Bombay plague: being a history of the progress of plague in the Bombay presidency from September 1896 to June 1899
Year: 1896
Disease focus: Plague
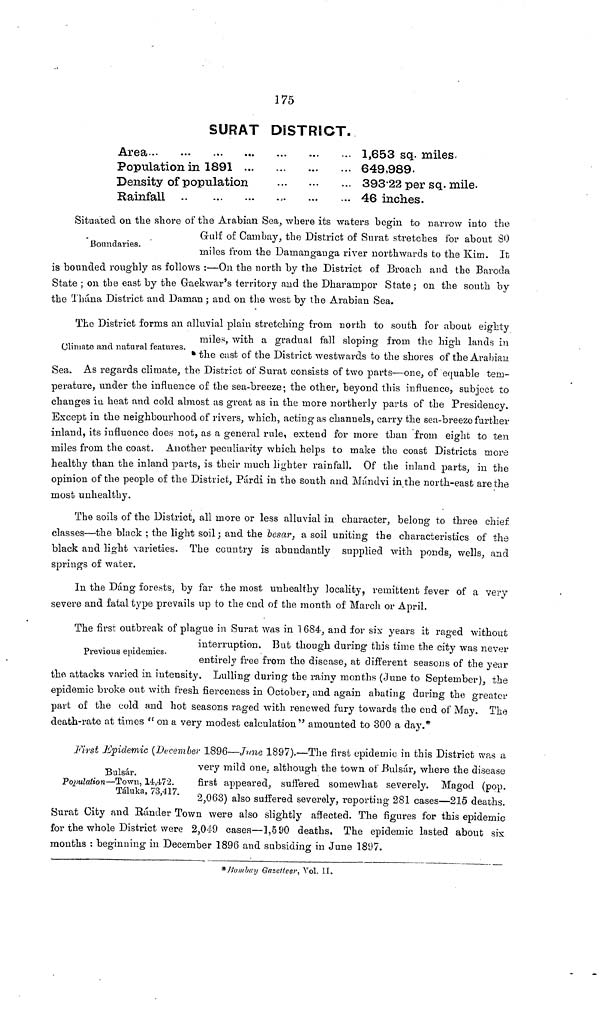
175
SURAT DISTRICT.
Area...
Population in 1891
Density of population
Rainfall ..
...
...
...
1,653 sq. miles
649,989.
393 . 22 per sq. mile.
46 inches.
Boundaries.
Situated on the shore of the Arabian Sea, where its waters begin to narrow into the
Gulf of Cambay, the District of Surat stretches for about SO
miles from the Damangauga river northwards to the Kim. It
is bounded roughly as follows :—On the north by the District of Broach and the Baroda
State ; on the east by the Gaekwar's territory and the Dharampor State ; on the south by
the Thána District and Daman ; and on the west by the Arabian Sea.
Climate and natural features.
The District forms an alluvial plain stretching from north to south for about eighty
miles, with a gradual fall sloping from the high lands in
the east of the District westwards to the shores of the Arabian
Sea. As regards climate, the District of Surat consists of two parts—one, of equable tem-
perature, under the influence of the sea-breeze ; the other, beyond this influence, subject to
changes in heat and cold almost as great as in the more northerly parts of the Presidency.
Except in the neighbourhood of rivers, which, acting as channels, carry the sea-breeze further
inland, its influence does not, as a general rule, extend for more than from eight to ten
miles from the coast. Another peculiarity which helps to make the coast Districts more
healthy than the inland parts, is their much lighter rainfall. Of the inland parts, in the
opinion of the people of the District, Párdí in the south and Mándvi in the north-east are the
most unhealthy.
The soils of the District, all more or less alluvial in character, belong to three chief
classes—the black ; the light soil ; and the besar, a soil uniting the characteristics of the
black and light varieties. The country is abundantly supplied with ponds, wells, and
springs of water.
In the Dang forests, by far the most unhealthy locality, remittent fever of a very
severe and fatal type prevails up to the end of the month of March or April.
Previous epidemics.
The first outbreak of plague in Surat was in 1684, and for six years it raged without
interruption. But though during this time the city was never
entirely free from the disease, at different seasons of the year
the attacks varied in intensity. Lulling during the rainy months (June to September), the
epidemic broke out with fresh fierceness in October, and again abating during the greater
part of the cold and hot seasons raged with renewed fury towards the end of May. The
death-rate at times " on a very modest calculation" amounted to 300 a day.*
Bulsár.
Population—Town, 14,472.
Táluka, 73,417.
First Epidemic (December 1896—June 1897).—The first epidemic in this District was a
very mild one. although the town of Bulsár, where the disease
first appeared, suffered somewhat severely. Magod (pop.
2,063) also suffered severely, reporting 281 cases—215 deaths.
Surat City and Bander Town were also slightly affected. The figures for this epidemic
for the whole District were 2,049 cases—1,590 deaths. The epidemic lasted about six
mouths : beginning in December 1896 and subsiding in June 1897.
* Bombay Gazetteer, Vol. II.